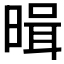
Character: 𭦱